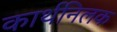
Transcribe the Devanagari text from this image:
कार्थनिलक